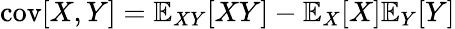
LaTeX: \operatorname{cov}[X,Y]=\mathbb{E}_{XY}[XY]-\mathbb{E}_{X}[X]\mathbb{E}_{Y}[Y]